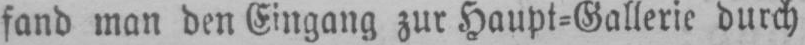
fand man den Eingang zur Haupt⸗Gallerie durch